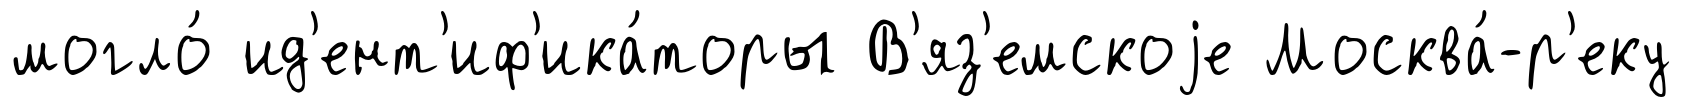
могло́ ид'ент'иф'ика́торы В'яз'емскоjе Москва́-р'еку